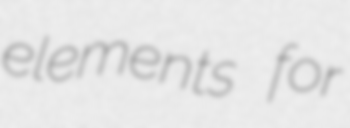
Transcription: elements for